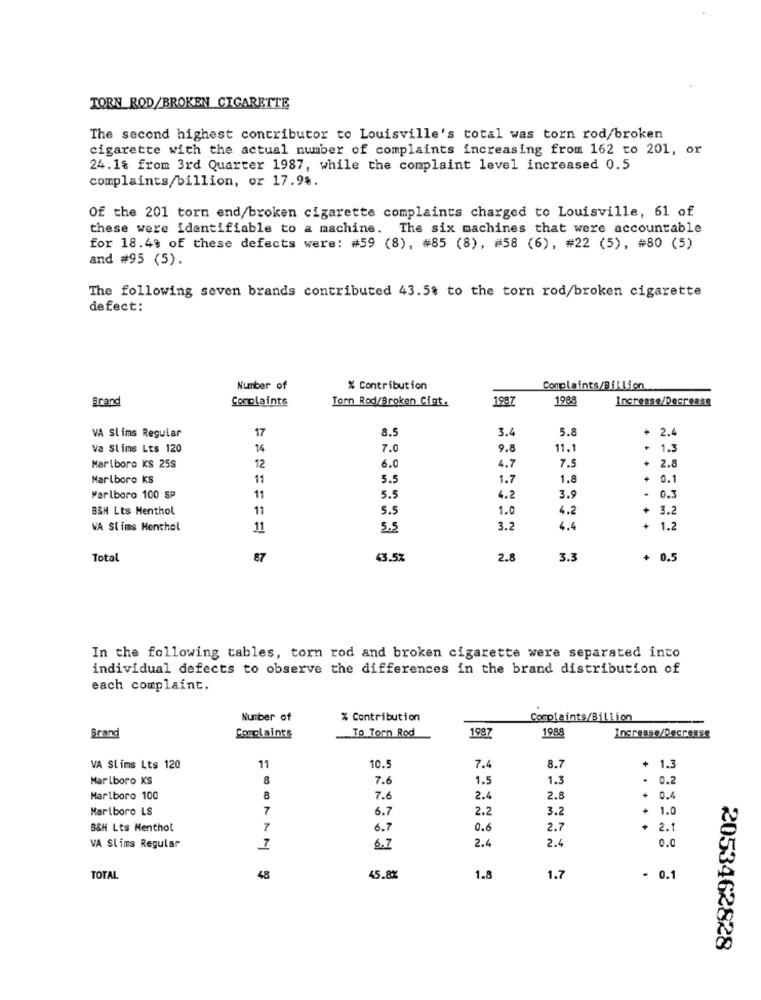
TORN ROD/BROKEN CIGARETTE
The second highest contributor to Louisville's total was torn rod/broken
cigarette with the actual number of complaints increasing from 162 to 201, or
24.18 from 3rd Quarter 1987, while the complaint level increased 0.5
complaints/billion, or 17.9%.
Of the 201 torn end/broken cigarette complaints charged to Louisville, 61 of
these were identifiable to a machine. The six machines that were accountable
for 18.4$ of these defects were: #59 (8), #85 (8), #58 (6), #22 (5), #80 (5)
and #95 (5).
The following seven brands contributed 43.5% to the torn rod/broken cigarette
defect:
Number of
% Contribution
Complaints/Billion
Brand
Complaints
Torn Rod/Broken Cigt.
1997
1988
Increase/Decrease
8.5
3.4
5.8
2.4
VA Slims Regular
17
Va Slims Lts 120
14
7.0
9.8
11.1
+ 1.3
Marlboro KS 25S
12
6.0
4.7
7.5
2.8
Marlboro ks
11
5.5
1.7
1.8
+
0.1
.
Marlboro 100 Sp
11
5.5
4.2
3.9
0.3
B&H Lts Menthol
11
5.5
1.0
4.2
+ 3.2
VA Slims Menthol
11
5.5
3.2
4.4
+
1.2
Total
87
43.5%
2.8
3.3
+ 0.5
In the following tables, torn rod and broken cigarette were separated into
individual defects to observe the differences in the brand distribution of
each complaint.
Number of
% Contribution
Complaints/Billion
To Torn Rod
1988
Brand
Conclaints
1987
Increase/Decrease
VA Slims Lts 120
11
10.
7.4
8.7
+ 1.3
Marlboro KS
8
7.6
1.5
1.3
. 0.2
Marlboro 100
8
7.6
2.4
2.8
+ 0.4
Marlboro LS
7
6.7
2.2
3.2
+ 1.0
B&H Lts Menthol
7
6.7
0.6
2.7
2.1
6.7
2.4
VA Slims Regular
7
2.4
0.0
TOTAL
48
45.8%
1.8
1.7
- 0.1
2053462828